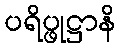
ပရိပ္ဖုဋ္ဌာနိ